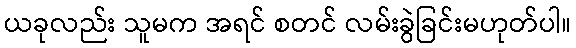
ယခုလည်း သူမက အရင် စတင် လမ်းခွဲခြင်းမဟုတ်ပါ။